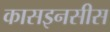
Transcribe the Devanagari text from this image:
कासइनसीस